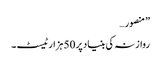
” منصور…
روازنہ کی بنیاد پر 50 ہزارٹیسٹ ۔